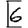
Digit: 6